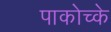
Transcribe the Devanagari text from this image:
पाकोच्के